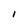
Character: I